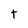
Character: t